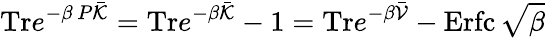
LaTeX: \mathrm{Tr}e^{-\beta\, P\bar{{\cal K}}}=\mathrm{Tr}e^{-\beta\bar{{\cal K}}}-1=\mathrm{Tr}e^{-\beta\bar{{\cal V}}}-\mathrm{Erfc}\, \sqrt{\beta}